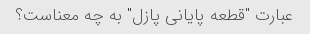
عبارت "قطعه پایانی پازل" به چه معناست؟